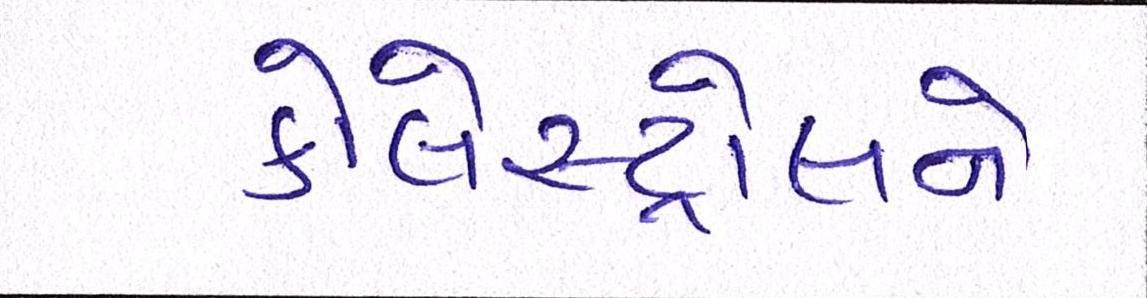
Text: કોલેસ્ટ્રોલને